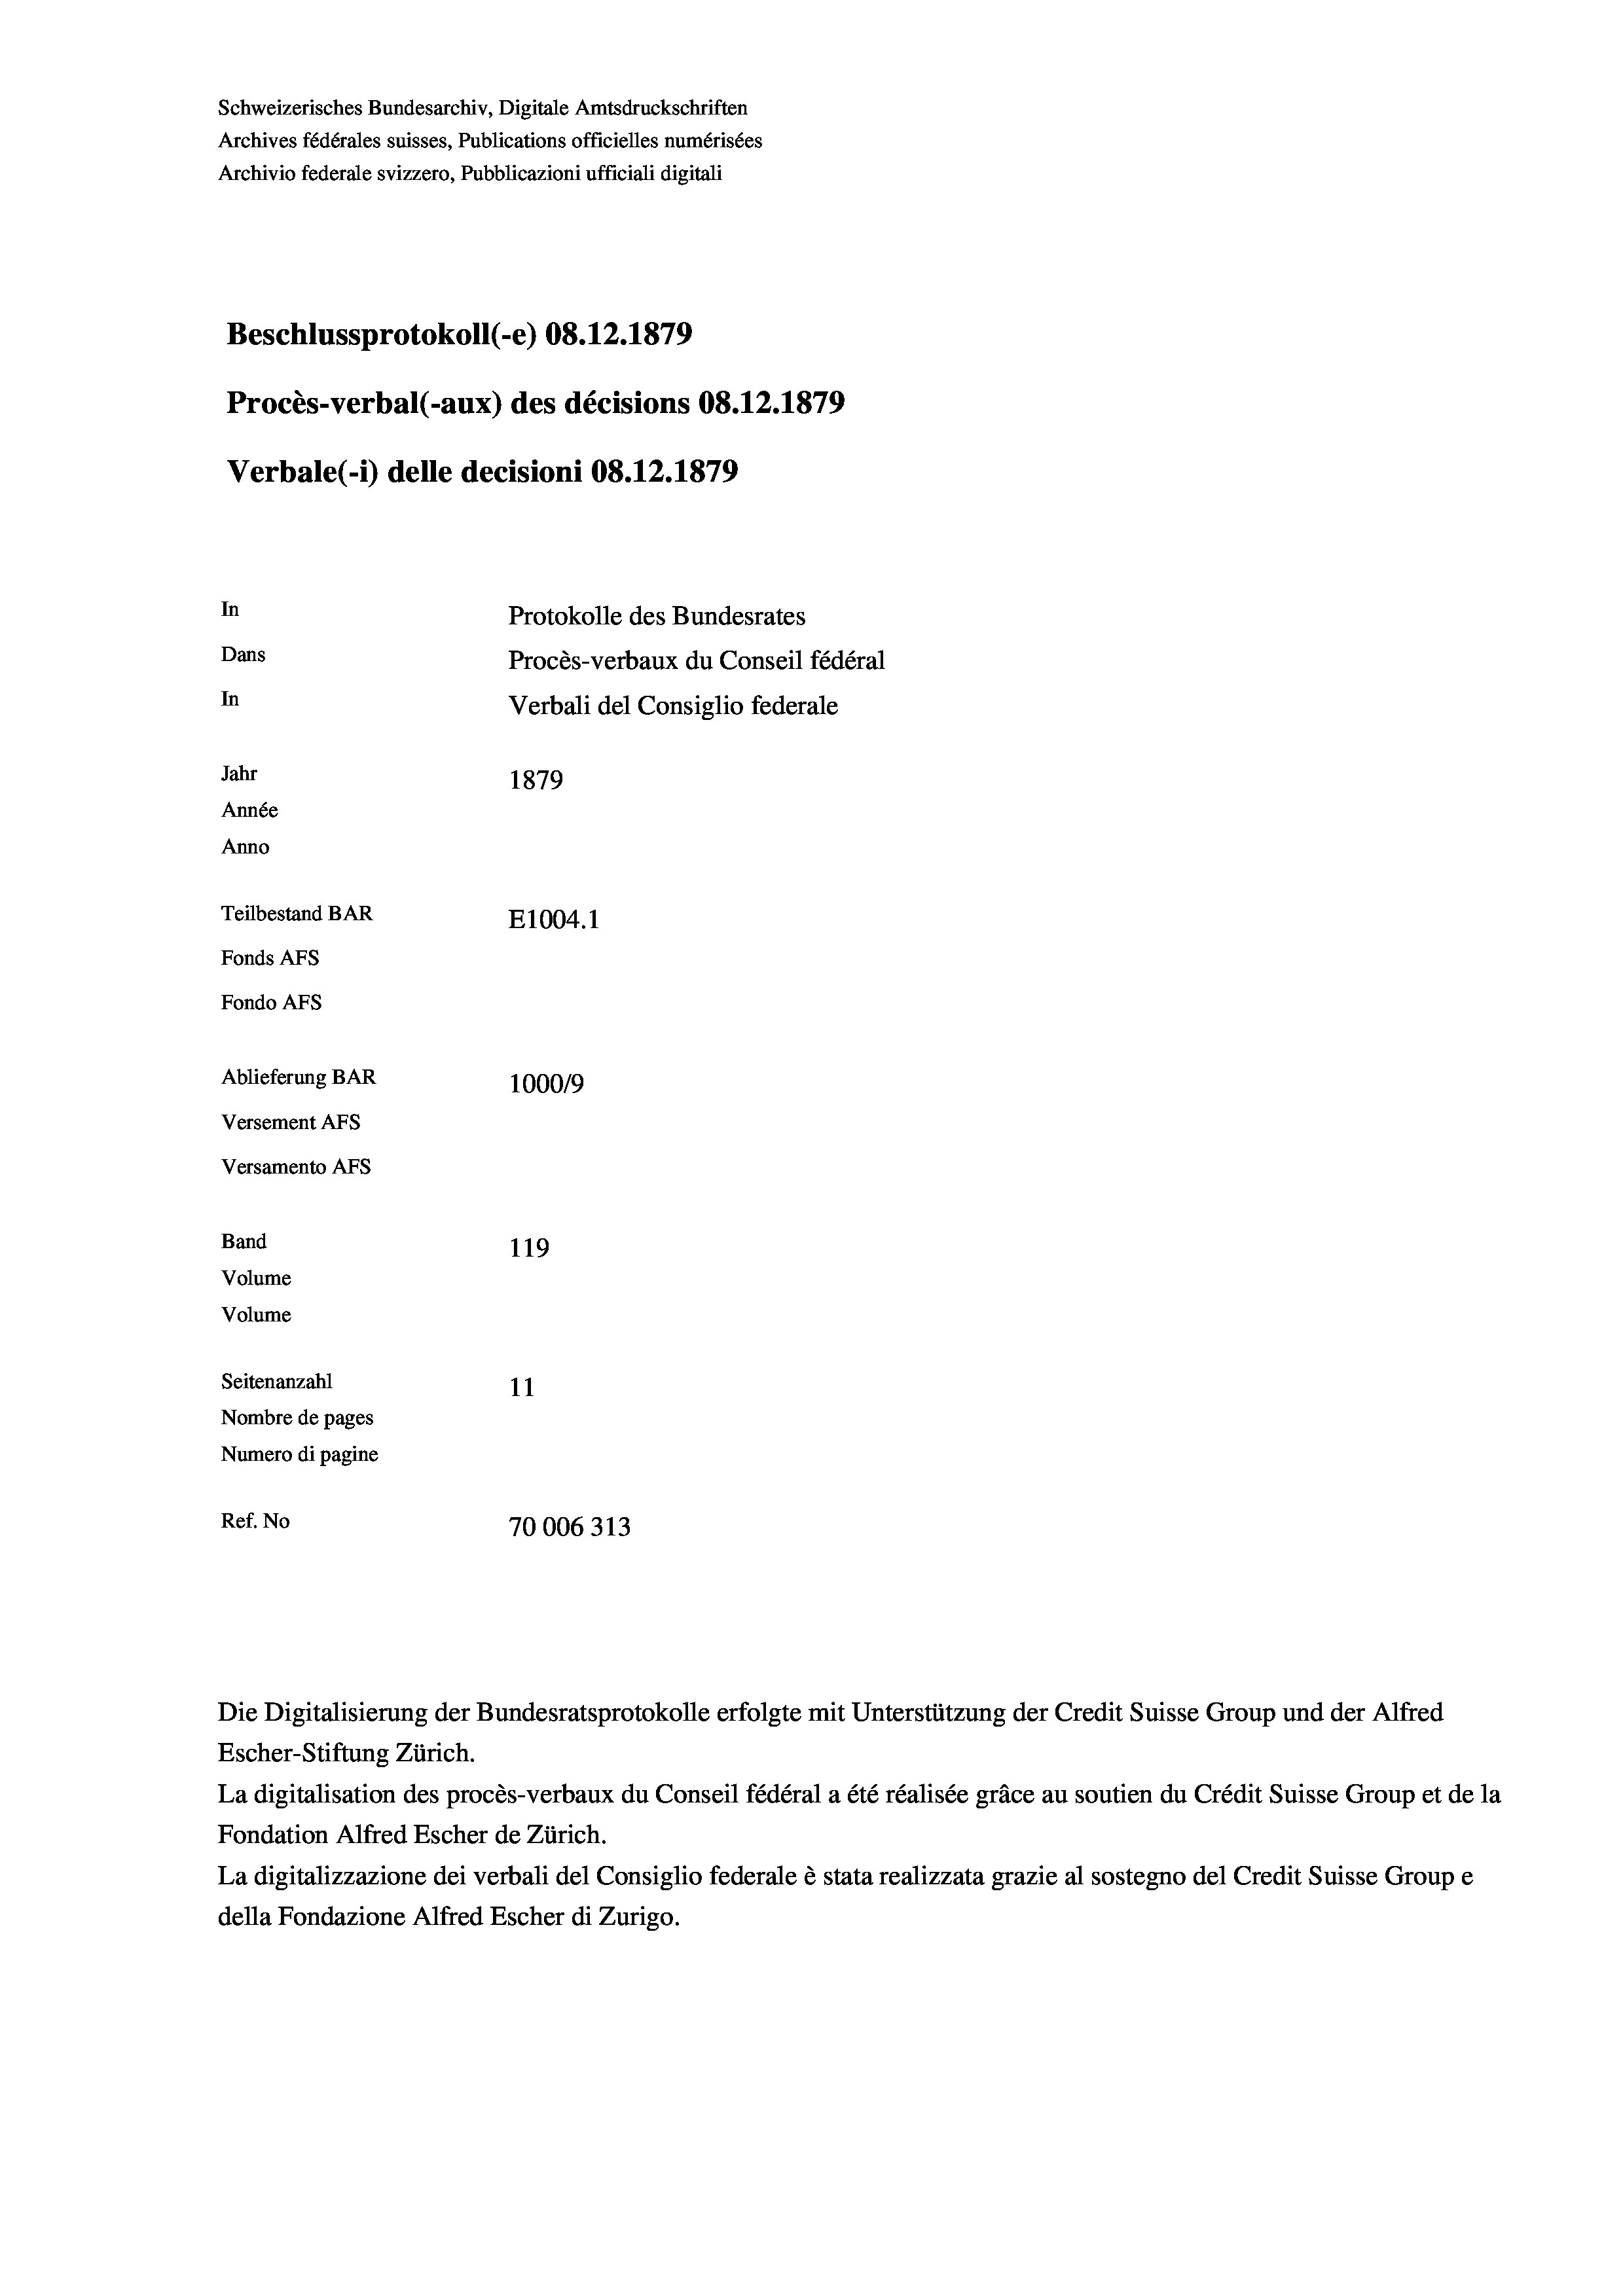
Schweizerisches Bundesarchiv, Digitale Amtsdruckschriften
Archives fédérales suisses, Publications officielles numérisées
Archivio federale svizzero, Pubblicazioni ufficiali digitali
Beschlussprotokoll (-e) 08. 12. 1879
Procès-verbal (-aux) des décisions 08.12.1879
Verbale (i) delle decisioni 08.12.1879
In
Protokolle des Bundesrates
Dans
Procès-verbaux du Conseil fédéral
In
Verbali del Consiglio federale
Jahr
1879
Année
Anno
Teilbestand BAR
E1004. 1
Fonds AFs
Fondo AFs
Ablieferung BAR
100019
Versement Abs
Versamento AFS
Band
119
Volume
Volume
Seitenanzahl
11
Nombre de pages
Numero di pagine
Ref. No
70006313

Escher-Stiftung Zürich.
La digitalisation des procès-verbaux du Conseil fédéral a été réalisée gräce au soutien du Crédit Suisse Group et de la
Fondation Alfred Escher de Zürich.
La digitalizzazione dei verbali del Consiglio federale è stata realizzata grazie al sostegno del Credit Suisse Groupe
della Fondazione Alfred Escher di Zurigo.

Die Digitalisierung der Bundesratsprotokolle erfolgte mit Unterstützung der Credit Suisse Group und der Alfred